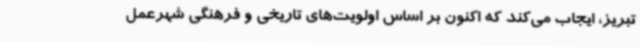
تبریز، ایجاب می‌کند که اکنون بر اساس اولویت‌های تاریخی و فرهنگی شهرعمل